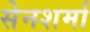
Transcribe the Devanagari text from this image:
सेनशर्मा